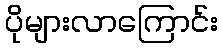
ပိုများလာကြောင်း